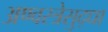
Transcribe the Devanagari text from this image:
अण्वस्त्रेसुद्धा